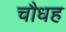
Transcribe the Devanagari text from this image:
चौधह